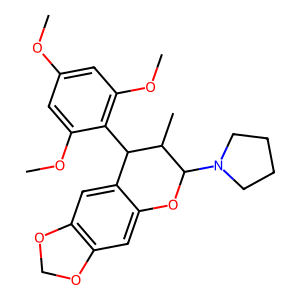
SMILES: COc1cc(OC)c(C2c3cc4c(cc3OC(N3CCCC3)C2C)OCO4)c(OC)c1
Inhibits HIV replication: No